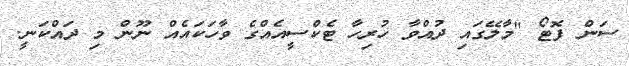
ސަން ފޮޓޯ "މާލޭގައި ދުއްވާ ހުރިހާ ޓެކްސީއެއްގެ ވާހަކައެއް ނޫން މި ދައްކަނީ.